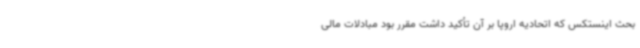
بحث اینستکس که اتحادیه اروپا بر آن تأکید داشت مقرر بود مبادلات مالی